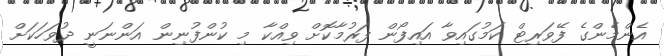
އެންމެންގެ ފޭވަރިޓް ކަމުގައިވާ އައިފޯން ފަރުމާކޮށް ވިއްކާ މި ކުންފުނިން އަންނަނީ ދުވަހަކަށް